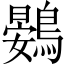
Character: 鷃